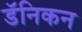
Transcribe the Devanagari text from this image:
डॅनिकन